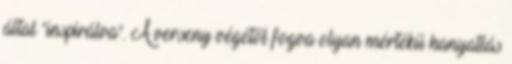
által "inspirálva". A verseny végétől fogva olyan mértékű hanyatlás